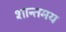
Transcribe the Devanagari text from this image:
शान्तमय